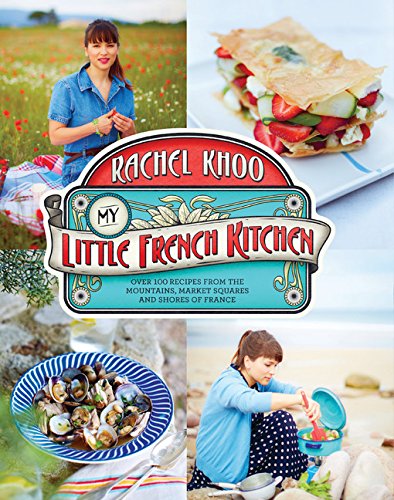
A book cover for My Little French Kitchen: Over 100 Recipes from the Mountains, Market Squares, and Shores of France; Rachel Khoo; Cookbooks, Food & Wine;